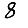
Digit: 8